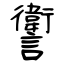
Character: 讆